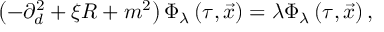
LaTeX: \left( - \partial _ { d } ^ { 2 } + \xi R + m ^ { 2 } \right) \Phi _ { \lambda } \left( \tau , \vec { x } \right) = \lambda \Phi _ { \lambda } \left( \tau , \vec { x } \right) ,